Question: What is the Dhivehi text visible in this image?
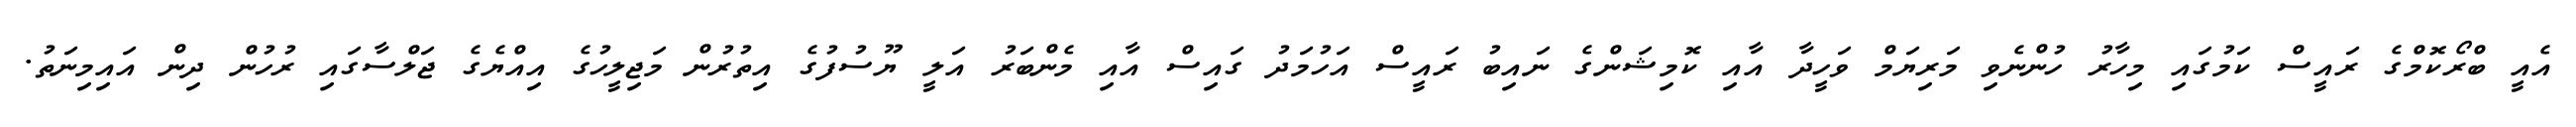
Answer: އެއީ ބްރޯކޮމްގެ ރައީސް ކަމުގައި މިހާރު ހުންނެވި މަރިޔަމް ވަހީދާ އާއި ކޮމިޝަންގެ ނައިބު ރައީސް އަހުމަދު ގައިސް އާއި މެންބަރު އަލީ ޔޫސުފުގެ އިތުރުން މަޖިލީހުގެ އިއްޔެގެ ޖަލްސާގައި ރުހުން ދިން އައިމިނަތު.